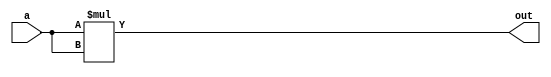

module square#(parameter WIDTH = 8)
(
	input [WIDTH-1:0] a,
	output [2*WIDTH-1:0]out
);

assign out = a * a; 

endmodule